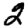
Digit: 2